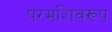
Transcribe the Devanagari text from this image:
परमशिवरूप